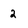
Character: 2